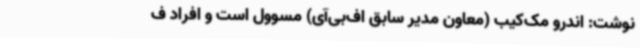
نوشت: اندرو مک‌کیب (معاون مدیر سابق اف‌بی‌آی) مسوول است و افراد ف